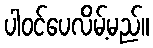
ပါဝင်ပေလိမ့်မည်။